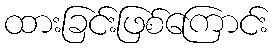
ထားခြင်းဖြစ်ကြောင်း